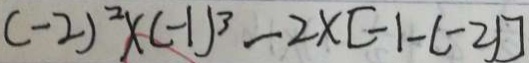
( - 2 ) ^ { 2 } \times ( - 1 ) ^ { 3 } - 2 \times [ - 1 - ( - 2 ) ]